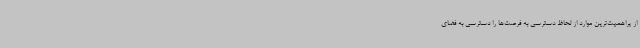
از پراهمیت‌ترین موارد از لحاظ دسترسی به فرصت‌ها را دسترسی به فضای